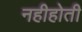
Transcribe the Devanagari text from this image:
नहीहोती